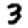
Digit: 3